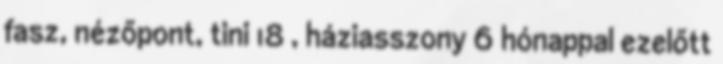
fasz, nézőpont, tini 18 , háziasszony 6 hónappal ezelőtt